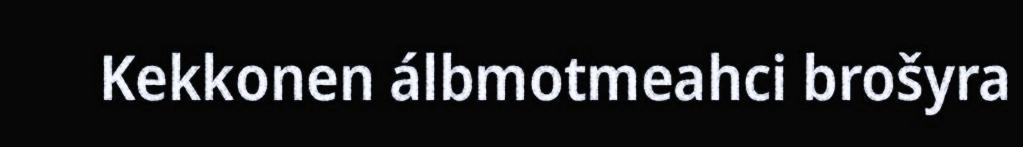
Kekkonen álbmotmeahci brošyra